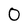
Character: 0